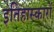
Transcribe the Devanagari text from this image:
इतिहास्कारों